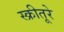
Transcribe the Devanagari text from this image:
स्क्रीतूरे